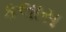
કલાસ